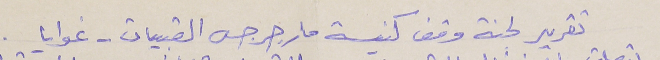
تقرير لجنة وقف كنيسة مار جرجس القبيات - غوايا .